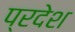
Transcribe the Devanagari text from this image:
प्रदेश